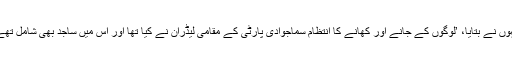
انہوں نے بتایا، ’لوگوں کے جانے اور کھانے کا انتظام سماجوادی پارٹی کے مقامی لیڈران نے کیا تھا اور اس میں ساجد بھی شامل تھے۔